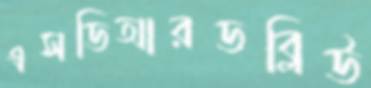
এসডিআরডব্লিউ